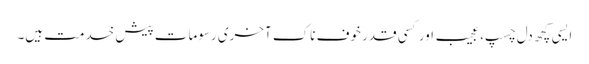
ایسی کچھ دل چسپ، عجیب اور کسی قدر خوف ناک آخری رسومات پیش خدمت ہیں۔